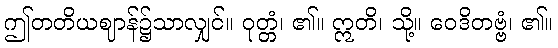
ဤတတိယဈာန်၌သာလျှင်။ ဝုတ္တံ၊ ၏။ ဣတိ၊ သို့။ ဝေဒိတဗ္ဗံ၊ ၏။